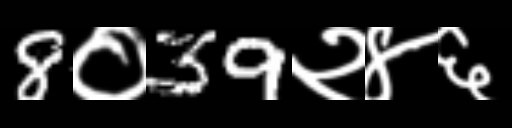
Text: 8०39२४६